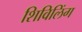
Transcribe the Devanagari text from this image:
शिविलिंग